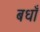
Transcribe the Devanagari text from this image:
बधाँ